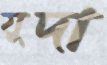
যুদা